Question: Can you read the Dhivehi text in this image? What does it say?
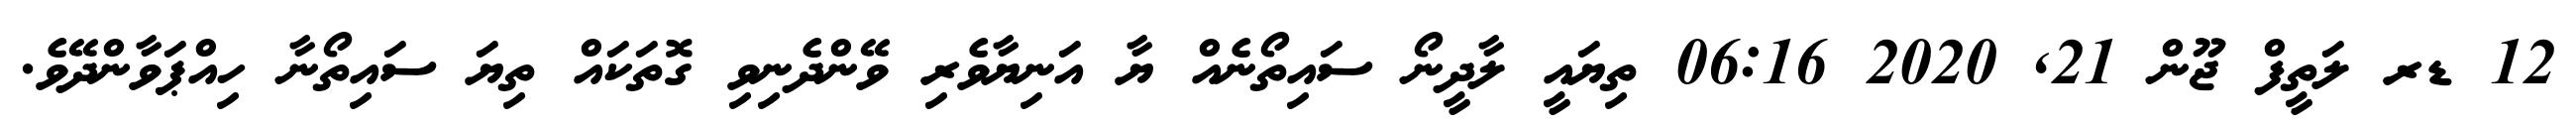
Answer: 12 ޑރ ލަތީފް ޖޫން 21, 2020 06:16 ތިޔައީ ލާދީނޯ ސައިތޯނެއް ޔާ އަނިޔާވެރި ވޭންދެނިވި ގޮތަކައް ތިޔަ ސައިތޯނާ ހިއްޕަވާންދޭވެ.